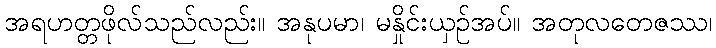
အရဟတ္တဖိုလ်သည်လည်း။ အနုပမာ၊ မနှိုင်းယှဉ်အပ်။ အတုလတေဇဿ၊